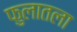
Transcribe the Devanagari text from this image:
फुलातला